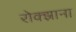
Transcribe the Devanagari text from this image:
रोक्झाना